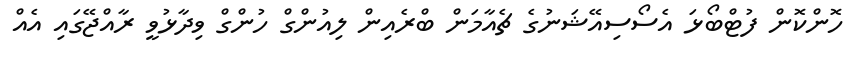
ހޮންކޮން ފުޓްބޯޅަ އެސޯސިއޭޝަނުގެ ޗެއާމަން ބްރެއިން ލިއުންގް ހުންގް ވިދާޅުވީ ރާއްޖޭގައި އެއް